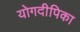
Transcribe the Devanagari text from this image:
योगदीपिका